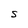
Character: S